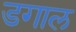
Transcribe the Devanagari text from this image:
डगाल